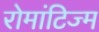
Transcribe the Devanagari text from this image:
रोमांटिज्म